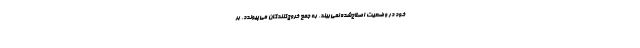
خود در وضعیت اصلاح‌شده نمی‌بیند، به جمع خروج‌کنندگان می‌پیوندد. بر